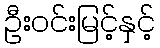
ဦးဝင်းမြင့်နှင့်